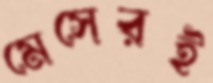
মেসেরই